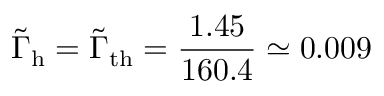
\Tilde { \Gamma } _ { \mathrm { h } } = \Tilde { \Gamma } _ { \mathrm { t h } } = \frac { 1 . 4 5 } { 1 6 0 . 4 } \simeq 0 . 0 0 9